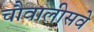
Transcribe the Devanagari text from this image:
चौवालीसवे